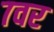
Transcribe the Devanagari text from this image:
७वर